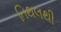
તિથલથી